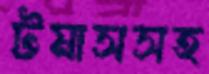
টমাসসহ